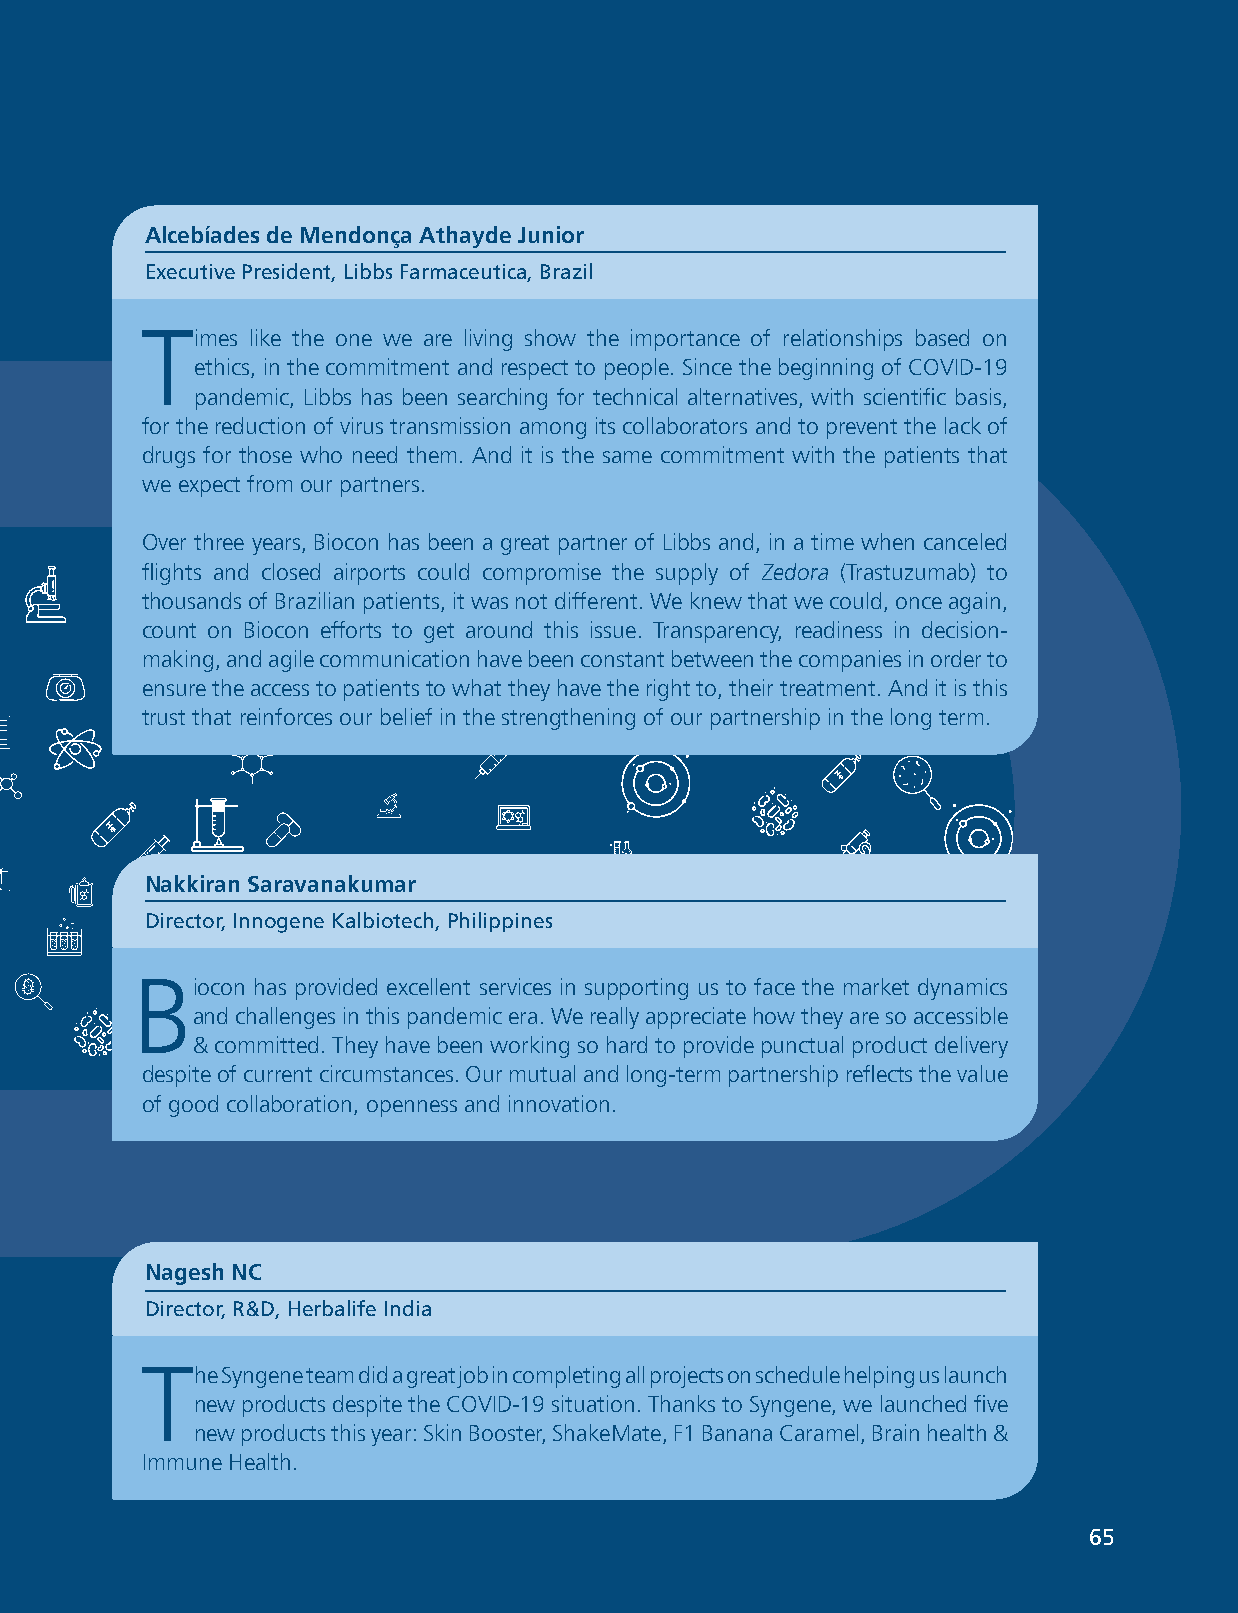
Biocon Limited
 Alcebíades de Mendonça Athayde Junior
 Executive President, Libbs Farmaceutica, Brazil
 T
 imes like the one we are living show the importance of relationships based on
 ethics, in the commitment and respect to people. Since the beginning of COVID-19
 pandemic, Libbs has been searching for technical alternatives, with scientific basis,
 for the reduction of virus transmission among its collaborators and to prevent the lack of
 drugs for those who need them. And it is the same commitment with the patients that
 we expect from our partners.
 Over three years, Biocon has been a great partner of Libbs and, in a time when canceled
 flights and closed airports could compromise the supply of Zedora (Trastuzumab) to
 thousands of Brazilian patients, it was not different. We knew that we could, once again,
 count on Biocon efforts to get around this issue. Transparency, readiness in decision-
 making, and agile communication have been constant between the companies in order to
 ensure the access to patients to what they have the right to, their treatment. And it is this
 trust that reinforces our belief in the strengthening of our partnership in the long term.
 Nakkiran Saravanakumar
 Director, Innogene Kalbiotech, Philippines
 B
 iocon has provided excellent services in supporting us to face the market dynamics
 and challenges in this pandemic era. We really appreciate how they are so accessible
 & committed. They have been working so hard to provide punctual product delivery
 despite of current circumstances. Our mutual and long-term partnership reflects the value
 of good collaboration, openness and innovation.
 Nagesh NC
 Director, R&D, Herbalife India
 T
 he Syngene team did a great job in completing all projects on schedule helping us launch
 new products despite the COVID-19 situation. Thanks to Syngene, we launched five
 new products this year: Skin Booster, ShakeMate, F1 Banana Caramel, Brain health &
 Immune Health.
 ANNUAL REPORT 2021                                UNWAVERING PURPOSE 666555